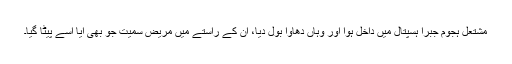
مشتعل ہجوم جبراً ہسپتال میں داخل ہوا اور وہاں دھاوا بول دیا، ان کے راستے میں مریض سمیت جو بھی آیا اسے پیٹا گیا۔